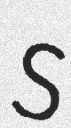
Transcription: S